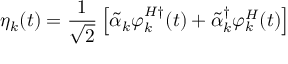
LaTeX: \eta _ { k } ( t ) = \frac { 1 } { \sqrt { 2 } } \left[ \tilde { \alpha } _ { k } \varphi _ { k } ^ { H \dagger } ( t ) + { \tilde { \alpha } } _ { k } ^ { \dagger } \varphi _ { k } ^ { H } ( t ) \right]